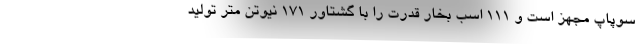
سوپاپ مجهز است و ۱۱۱ اسب بخار قدرت را با گشتاور ۱۷۱ نیوتن متر تولید